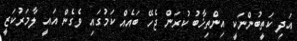
އަދި ކަތީބުންނަކީ އިންތިޚާބު ކުރަން ޖެހޭ ބައެއް ކަމުގައި ވެގެން އައީ ލާމަރުކަޒީ